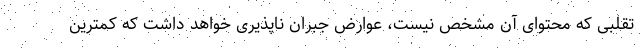
تقلبی که محتوای آن مشخص نیست، عوارض جبران ناپذیری خواهد داشت که کمترین